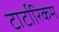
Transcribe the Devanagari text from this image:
टार्टारिकम